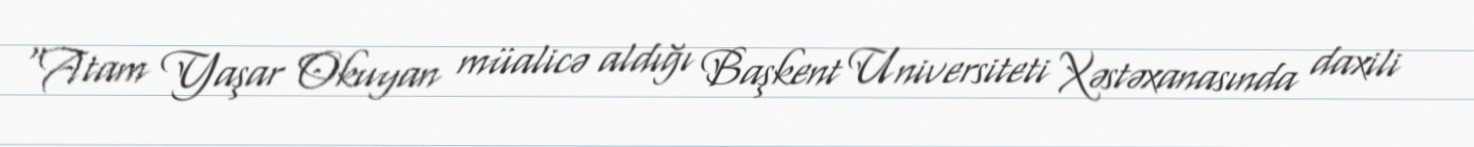
“Atam Yaşar Okuyan müalicə aldığı Başkent Universiteti Xəstəxanasında daxili